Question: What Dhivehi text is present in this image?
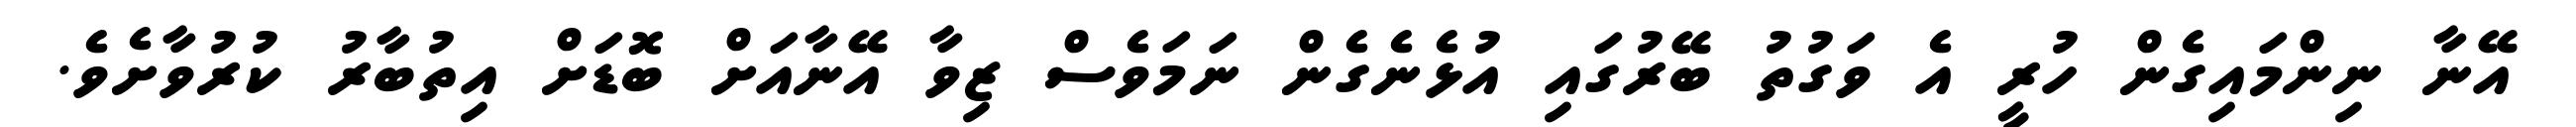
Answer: އޭނާ ނިންމައިގެން ހުރީ އެ ވަގުތު ބޭރުގައި އުޅެނެގެން ނަމަވެސް ޒިވާ އޭނާއަށް ބޮޑަށް އިތުބާރު ކުރުވާށެވެ.